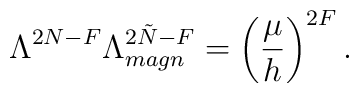
\Lambda^{2N-F} \Lambda_{magn}^{2\tilde{N}-F}  = \left( \frac{\mu}{h} \right)^{2F}.